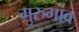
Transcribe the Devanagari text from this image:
गुरुगांव